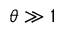
\theta \gg 1